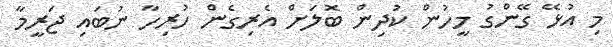
މި އުޅޭ ގޭންގު މީހުން ކުދިން ބޮލަށް އެރިގެން ހުރިހާ ނުބައި ޖަރީމާ